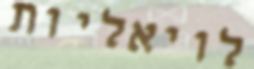
לויאליות